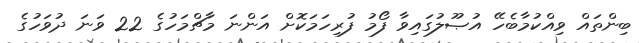
ބިންތައް ވިއްކުމާބެހޭ އުޞޫލުގައިވާ ފޯމު ފުރިހަމަކޮށް އަންނަ މާޗްމަހުގެ 22 ވަނަ ދުވަހުގެ